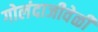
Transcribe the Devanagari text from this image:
गोलंदाजीवेळी